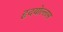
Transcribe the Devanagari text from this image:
हृदयोल्लास